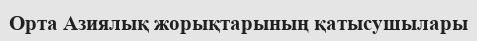
Орта Азиялық жорықтарының қатысушылары